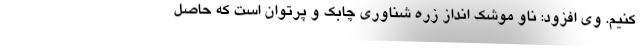
کنیم. وی افزود: ناو موشک انداز زره شناوری چابک و پرتوان است که حاصل